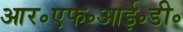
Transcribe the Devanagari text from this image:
आर॰एफ॰आई॰डी॰